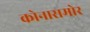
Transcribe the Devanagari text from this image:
कोनासमोर